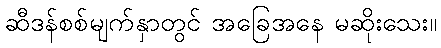
ဆီဒန်စစ်မျက်နှာတွင် အခြေအနေ မဆိုးသေး။